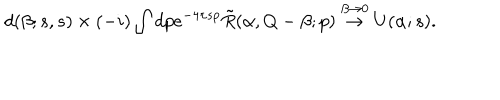
d ( \beta ; s , s ) \times ( - i ) \int d p e ^ { - 4 \pi s p } \tilde { R } ( \alpha , Q - \beta ; p ) \stackrel { \beta \to 0 } { \rightarrow } U ( \alpha ; s ) .